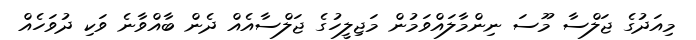
މިއަދުގެ ޖަލްސާ މޫސަ ނިންމާލައްވަމުން މަޖިލީހުގެ ޖަލްސާއެއް ދެން ބާއްވާނެ ވަކި ދުވަހެެއް